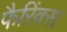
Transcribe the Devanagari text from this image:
फैरिंक्स